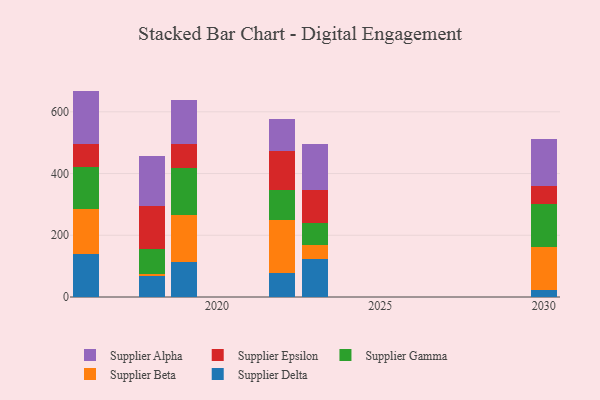
{"axis": {"x": "Year", "y": "Headcount"}, "legend": ["Supplier Alpha", "Supplier Beta", "Supplier Delta", "Supplier Epsilon", "Supplier Gamma"], "data": [{"x": "2022", "y": 78.4, "type": "Supplier Delta"}, {"x": "2022", "y": 171.1, "type": "Supplier Beta"}, {"x": "2022", "y": 98.2, "type": "Supplier Gamma"}, {"x": "2022", "y": 126.0, "type": "Supplier Epsilon"}, {"x": "2022", "y": 103.9, "type": "Supplier Alpha"}, {"x": "2030", "y": 23.7, "type": "Supplier Delta"}, {"x": "2030", "y": 137.2, "type": "Supplier Beta"}, {"x": "2030", "y": 141.1, "type": "Supplier Gamma"}, {"x": "2030", "y": 56.1, "type": "Supplier Epsilon"}, {"x": "2030", "y": 153.5, "type": "Supplier Alpha"}, {"x": "2018", "y": 66.6, "type": "Supplier Delta"}, {"x": "2018", "y": 8.0, "type": "Supplier Beta"}, {"x": "2018", "y": 79.5, "type": "Supplier Gamma"}, {"x": "2018", "y": 141.8, "type": "Supplier Epsilon"}, {"x": "2018", "y": 162.2, "type": "Supplier Alpha"}, {"x": "2019", "y": 115.0, "type": "Supplier Delta"}, {"x": "2019", "y": 150.1, "type": "Supplier Beta"}, {"x": "2019", "y": 151.8, "type": "Supplier Gamma"}, {"x": "2019", "y": 80.4, "type": "Supplier Epsilon"}, {"x": "2019", "y": 142.5, "type": "Supplier Alpha"}, {"x": "2023", "y": 124.0, "type": "Supplier Delta"}, {"x": "2023", "y": 45.9, "type": "Supplier Beta"}, {"x": "2023", "y": 70.7, "type": "Supplier Gamma"}, {"x": "2023", "y": 105.3, "type": "Supplier Epsilon"}, {"x": "2023", "y": 149.3, "type": "Supplier Alpha"}, {"x": "2016", "y": 138.2, "type": "Supplier Delta"}, {"x": "2016", "y": 145.8, "type": "Supplier Beta"}, {"x": "2016", "y": 138.2, "type": "Supplier Gamma"}, {"x": "2016", "y": 72.7, "type": "Supplier Epsilon"}, {"x": "2016", "y": 173.0, "type": "Supplier Alpha"}]}